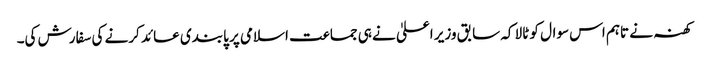
کھنہ نے تاہم اس سوال کو ٹالا کہ سابق وزیر اعلیٰ نے ہی جماعت اسلامی پر پابندی عائد کرنے کی سفارش کی۔